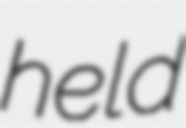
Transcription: held